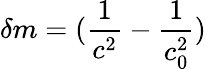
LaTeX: \delta m=(\frac{1}{c^{2}}-\frac{1}{c_{0}^{2}})